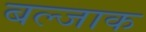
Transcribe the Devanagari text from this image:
बल्जाक